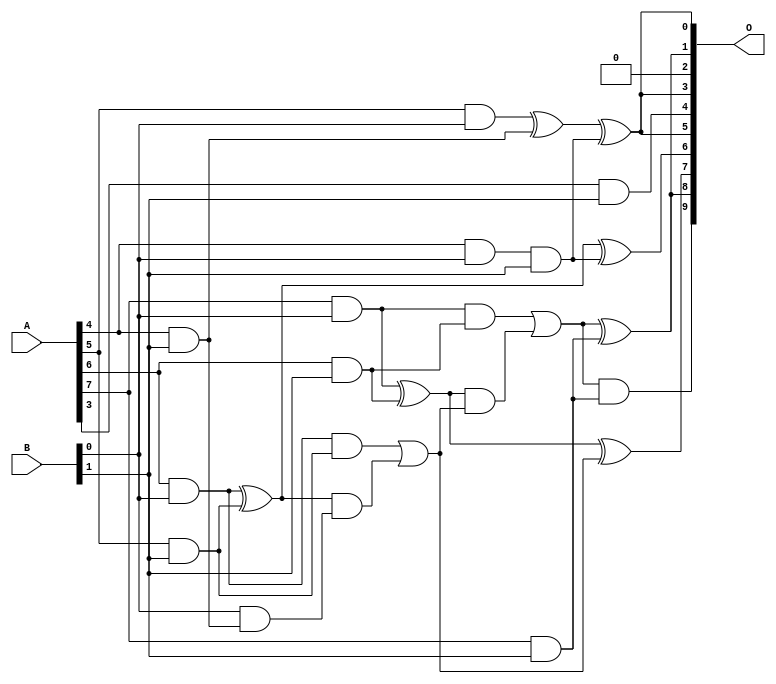
/***
* This code is a part of EvoApproxLib library (ehw.fit.vutbr.cz/approxlib) distributed under The MIT License.
* When used, please cite the following article(s): V. Mrazek, L. Sekanina, Z. Vasicek "Libraries of Approximate Circuits: Automated Design and Application in CNN Accelerators" IEEE Journal on Emerging and Selected Topics in Circuits and Systems, Vol 10, No 4, 2020 
* This file contains a circuit from a sub-set of pareto optimal circuits with respect to the pwr and mae parameters
***/
// MAE% = 0.68 %
// MAE = 7.0 
// WCE% = 3.03 %
// WCE = 31 
// WCRE% = 100.00 %
// EP% = 71.78 %
// MRE% = 11.78 %
// MSE = 105 
// PDK45_PWR = 0.014 mW
// PDK45_AREA = 53.0 um2
// PDK45_DELAY = 0.39 ns

module mul8x2u_0A3 (
    A,
    B,
    O
);

input [7:0] A;
input [1:0] B;
output [9:0] O;

wire sig_12,sig_15,sig_16,sig_17,sig_21,sig_22,sig_23,sig_24,sig_25,sig_39,sig_43,sig_44,sig_46,sig_48,sig_49,sig_50,sig_51,sig_52,sig_53,sig_54;
wire sig_55,sig_56,sig_57,sig_58,sig_59;

assign sig_12 = A[4] & B[0];
assign sig_15 = A[5] & B[0];
assign sig_16 = A[6] & B[0];
assign sig_17 = A[7] & B[0];
assign sig_21 = A[3] & B[1];
assign sig_22 = A[4] & B[1];
assign sig_23 = A[5] & B[1];
assign sig_24 = A[6] & B[1];
assign sig_25 = A[7] & B[1];
assign sig_39 = sig_12 & B[1];
assign sig_43 = sig_15 ^ sig_22;
assign sig_44 = B[0] & sig_22;
assign sig_46 = sig_43 ^ sig_39;
assign sig_48 = sig_16 ^ sig_23;
assign sig_49 = sig_16 & sig_23;
assign sig_50 = sig_48 & sig_44;
assign sig_51 = sig_48 ^ sig_39;
assign sig_52 = sig_49 | sig_50;
assign sig_53 = sig_17 ^ sig_24;
assign sig_54 = sig_17 & sig_24;
assign sig_55 = sig_53 & sig_52;
assign sig_56 = sig_53 ^ sig_52;
assign sig_57 = sig_54 | sig_55;
assign sig_58 = sig_57 & sig_25;
assign sig_59 = sig_57 ^ sig_25;

assign O[9] = sig_58;
assign O[8] = sig_59;
assign O[7] = sig_56;
assign O[6] = sig_51;
assign O[5] = sig_46;
assign O[4] = sig_21;
assign O[3] = sig_46;
assign O[2] = 1'b0;
assign O[1] = sig_59;
assign O[0] = sig_46;

endmodule